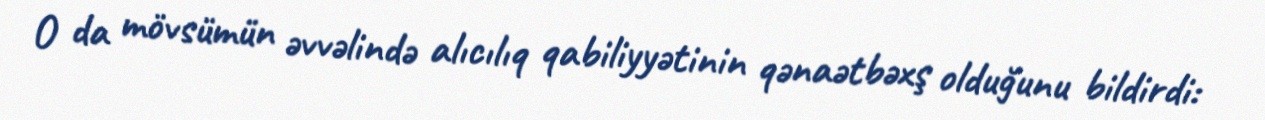
O da mövsümün əvvəlində alıcılıq qabiliyyətinin qənaətbəxş olduğunu bildirdi: